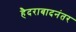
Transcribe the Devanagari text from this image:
हैदराबादनंतर